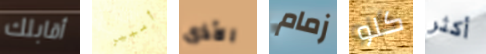
أقابلك أمبير الأذى زمام كلو أكثر